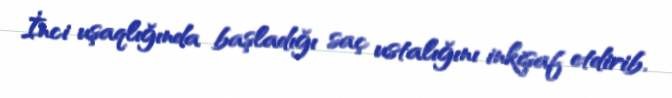
İnci uşaqlığında başladığı saç ustalığını inkişaf etdirib.